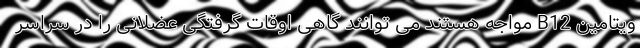
ویتامین B12 مواجه هستند می توانند گاهی اوقات گرفتگی عضلانی را در سراسر